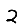
Digit: 2